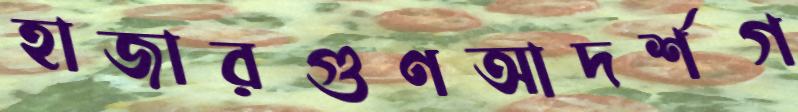
হাজারগুণআদর্শগ